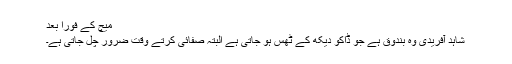
میچ کے فوراً بعد
شاہد آفریدی وہ بندوق ہے جو ڈاکو دیکھ کے ٹھس ہو جاتی ہے البتہ صفائی کرتے وقت ضرور چل جاتی ہے۔